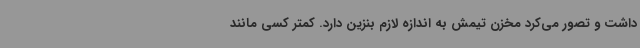
داشت و تصور می‌کرد مخزن تیمش به اندازه لازم بنزین دارد. کمتر کسی مانند